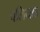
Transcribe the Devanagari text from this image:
पलियाड